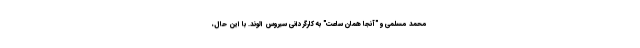
محمد مسلمی و "آنجا همان ساعت" به کارگردانی سیروس الوند. با این حال،